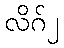
လိဂ်၂